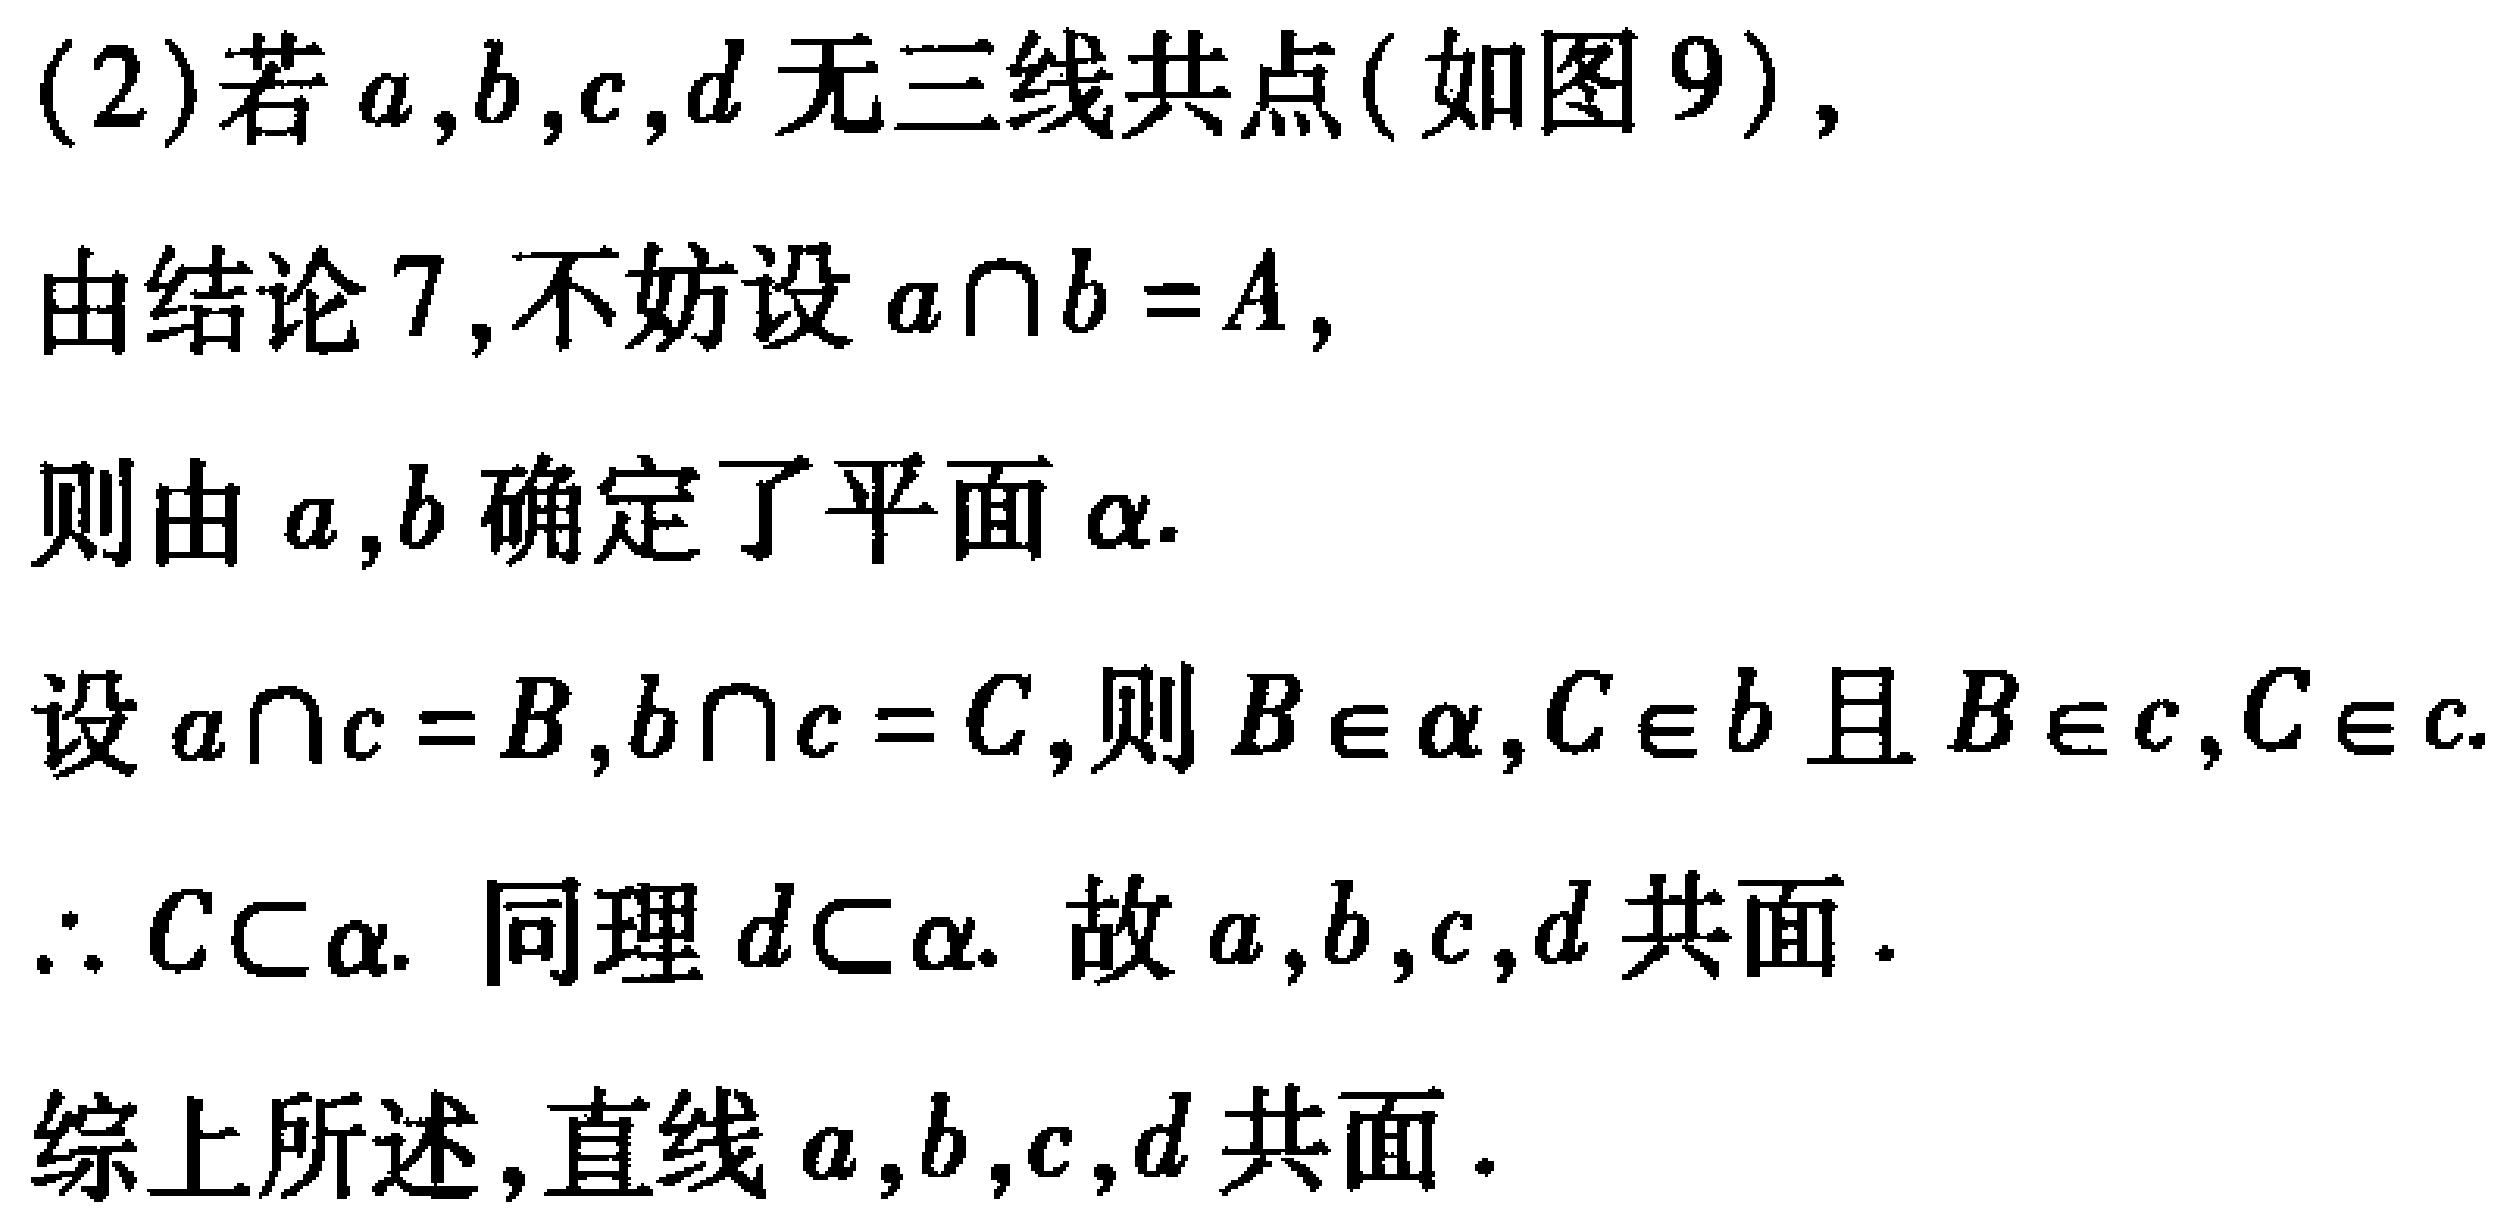
(2)若\(a,b,c,d\)无三线共点(如图9)，
由结论7,不妨设\(a\cap b = A\)，
则由\(a,b\)确定了平面\(\alpha\).
设\(a\cap c = B,b\cap c = C\)，则\(B\in\alpha,C\in b\)且\(B\in c,C\in c\).
\(\therefore C\subset\alpha\). 同理\(d\subset\alpha\). 故\(a,b,c,d\)共面.
综上所述,直线\(a,b,c,d\)共面.